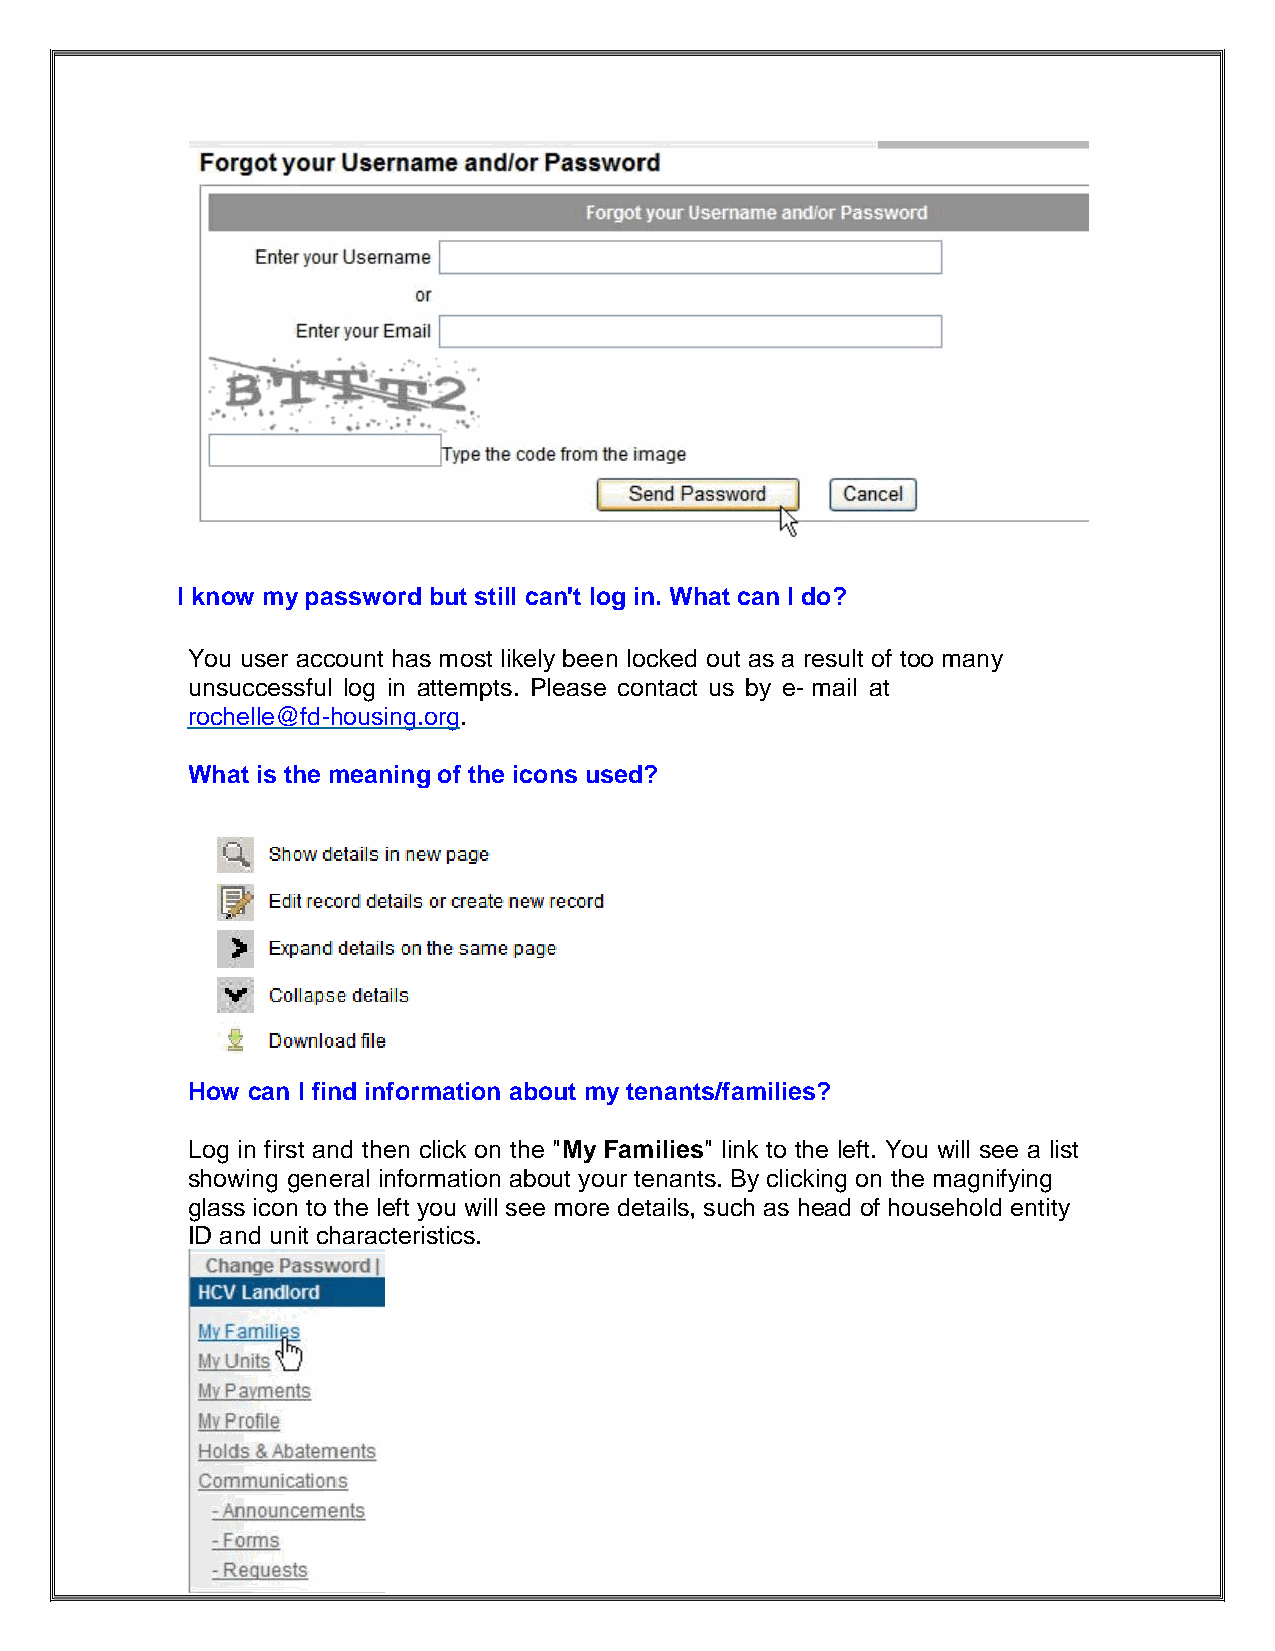
I know my password but still can't log in. What can I do?
 You user account has most likely been locked out as a result of too many
 unsuccessful log in attempts. Please contact us by e- mail at
 rochelle@fd-housing.org.
 What is the meaning of the icons used?
 How can I find information about my tenants/families?
 Log in first and then click on the "My Families" link to the left. You will see a list
 showing general information about your tenants. By clicking on the magnifying
 glass icon to the left you will see more details, such as head of household entity
 ID and unit characteristics.